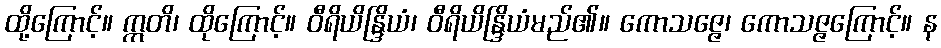
ထို့ကြောင့်။ ဣတိ၊ ထိုကြောင့်။ ဝီရိယိန္ဒြိယံ၊ ဝီရိယိန္ဒြိယံမည်၏။ ကောသဇ္ဇေ၊ ကောသဇ္ဇကြောင့်။ န